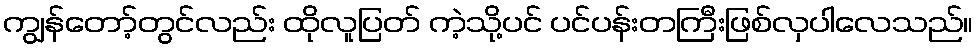
ကျွန်တော့်တွင်လည်း ထိုလူပြတ် ကဲ့သို့ပင် ပင်ပန်းတကြီးဖြစ်လှပါလေသည်။